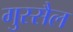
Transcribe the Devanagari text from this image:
गुस्सैल